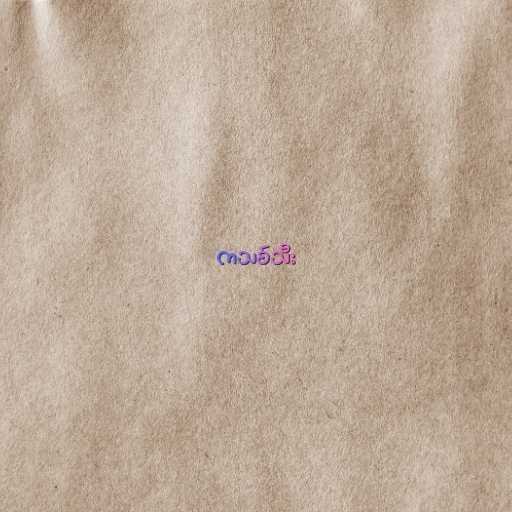
ကသစ်သီး